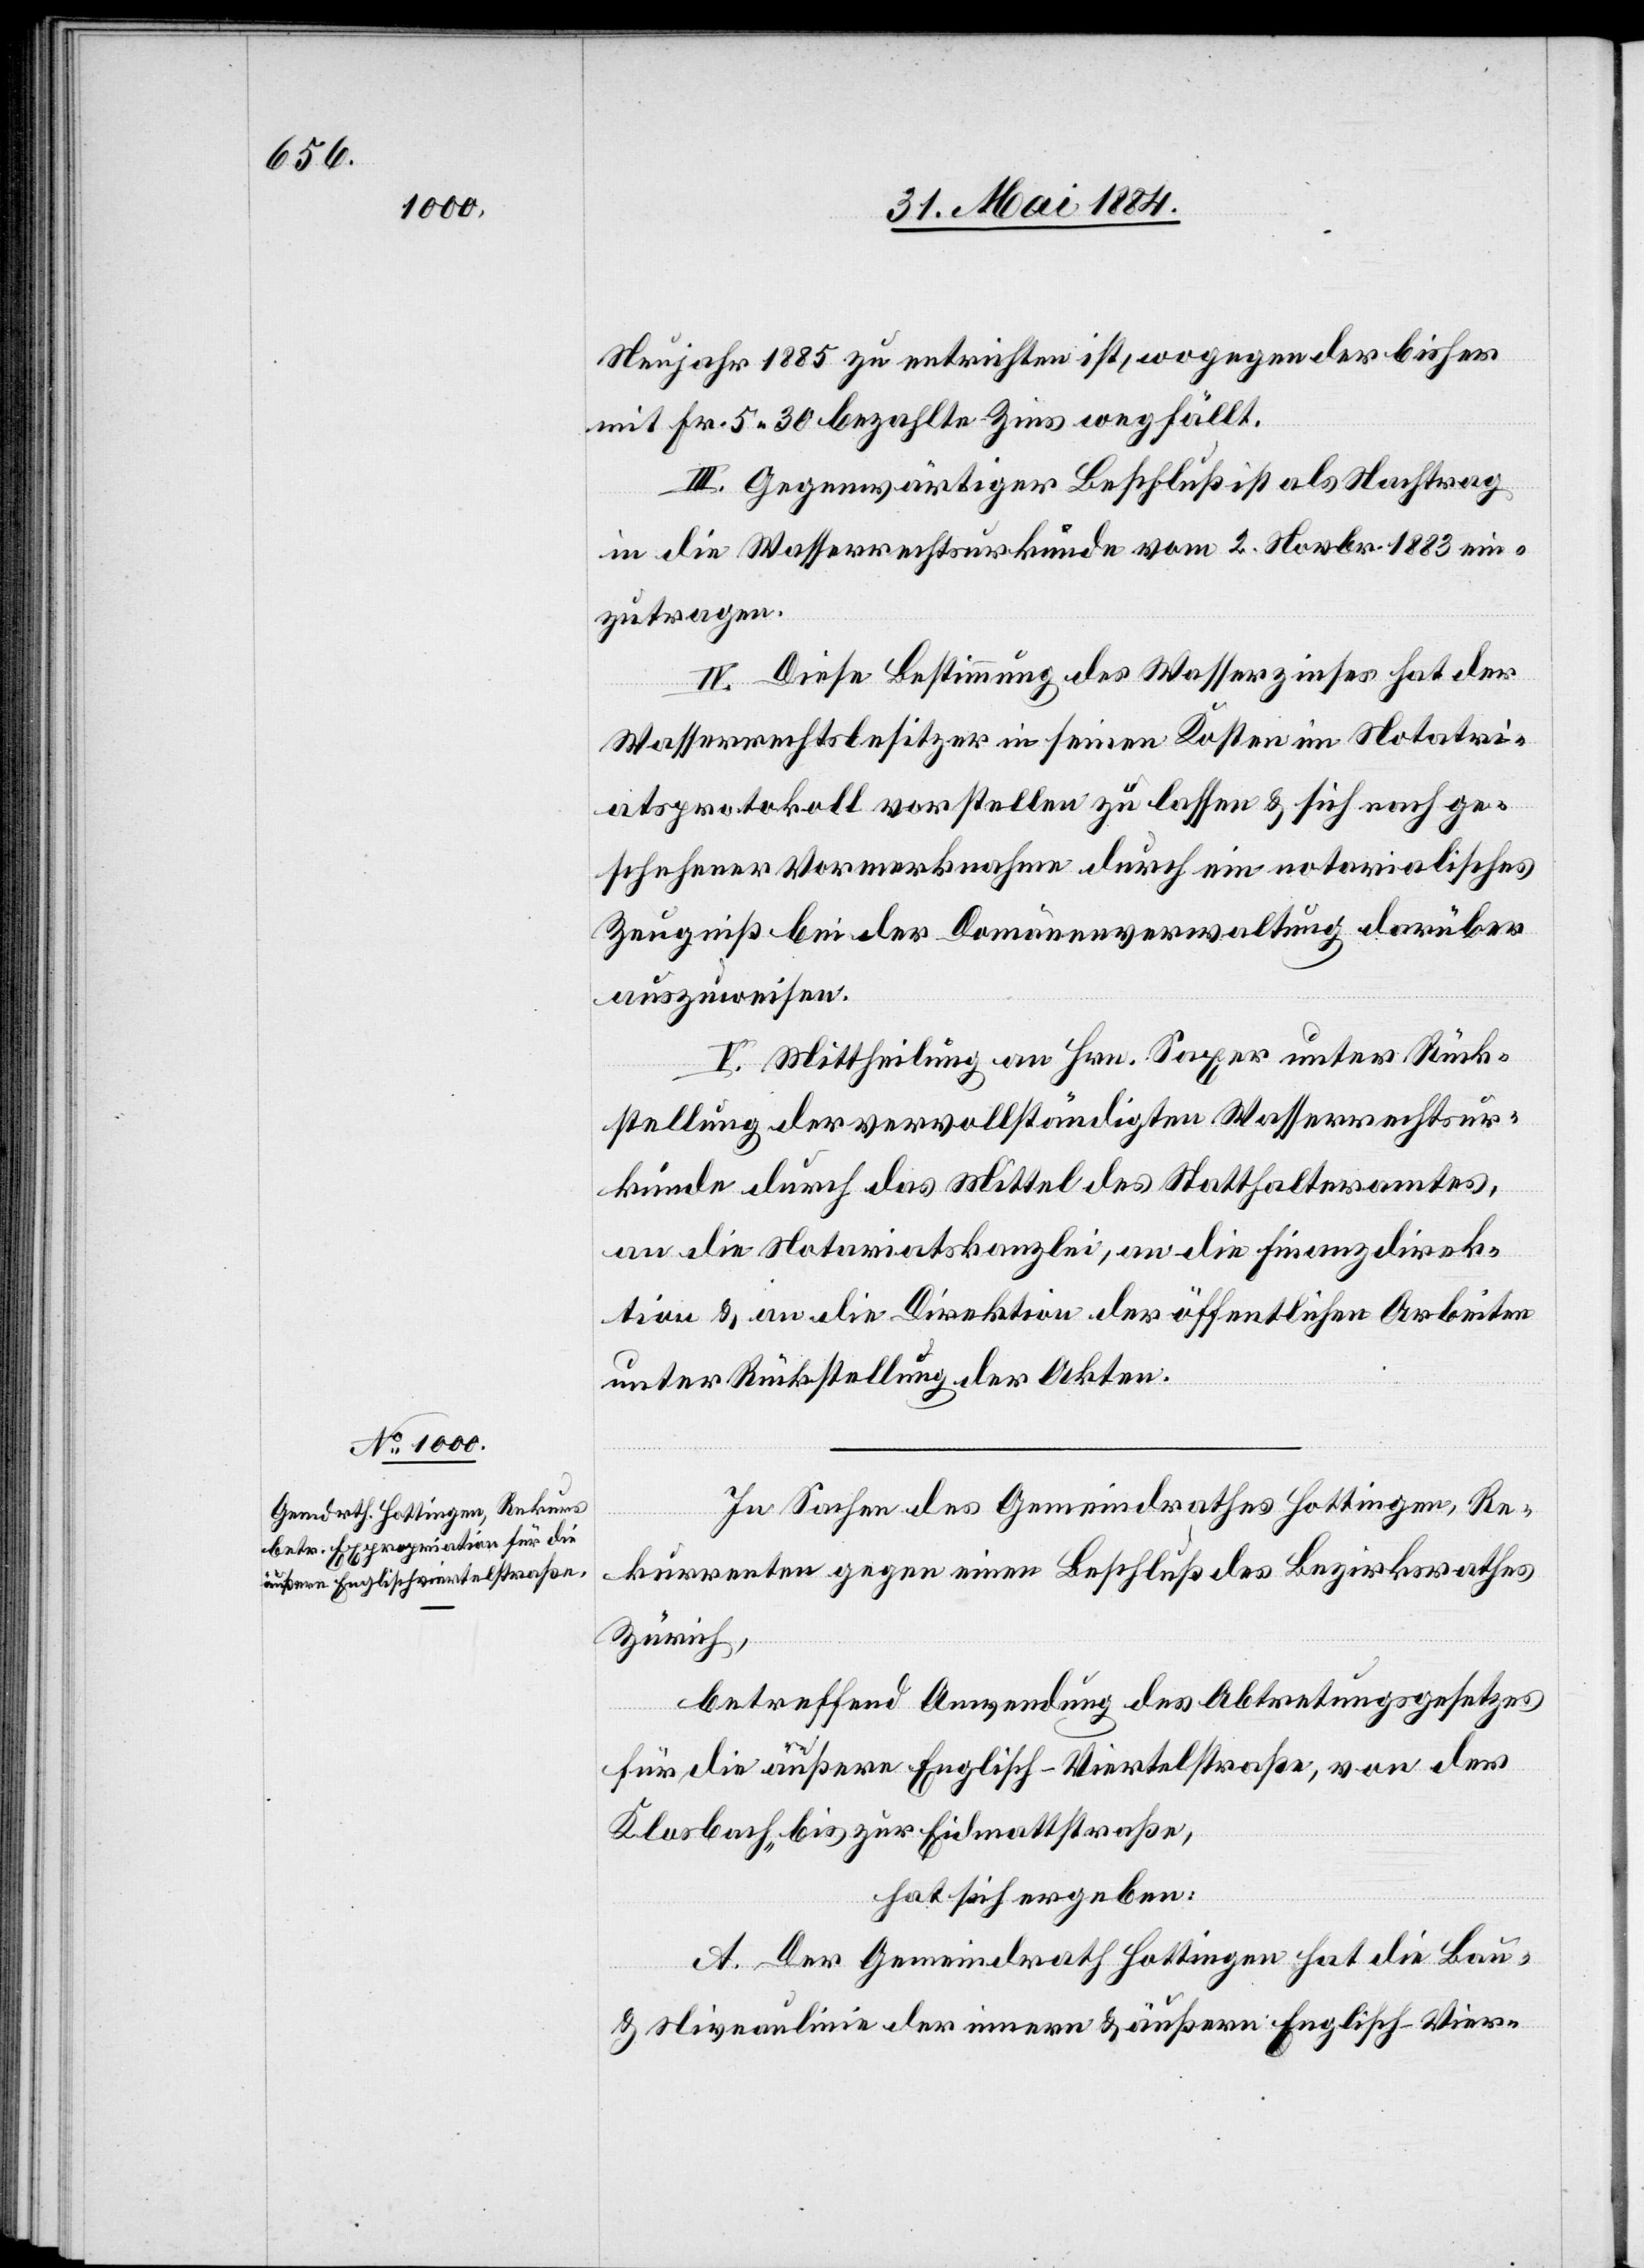
Neujahr 1885 zu entrichten ist, wogegen der bisher
mit Fr. 5 30 bezahlte Zins wegfällt.
III. Gegenwärtiger Beschluß ist als Nachtrag
in die Wasserrechtsurkunde vom 2. Novbr. 1883 ein¬
zutragen.
IV. Diese Bestimmung des Wasserzinses hat der
Wasserrechtsbesitzer in seinen Kosten im Notari¬
atsprotokoll vorstellen zu lassen & sich nach ge¬
schehener Vormerknahme durch ein notarialisches
Zeugniß bei der Domäneverwaltung darüber
auszuweisen.
V. Mittheilung an Hrn. Saxer unter Rück¬
stellung der vervollständigten Wasserrechtsur¬
kunde durch das Mittel des Statthalteramtes,
an die Notariatskanzlei, an die Finanzdirek¬
tion & an die Direktion der öffentlichen Arbeiten
unter Rückstellung der Akten.
In Sachen des Gemeindrathes Hottingen, Re¬
kurrenten gegen einen Beschluß des Bezirkrathes
Zürich,
betreffend Anwendung des Abtretungsgesetzes
für die äußere Englisch-Viertelstraße, von der
Klosbach- bis zur Eidmattstraße,
hat sich ergeben:
A. Der Gemeindrath Hottingen hat die Bau-
& Niveaulinie der innern & äußern Englisch-Vier-